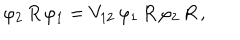
\varphi _ { 2 } \, R \, \varphi _ { 1 } = V _ { 1 2 } \, \varphi _ { 1 } \, R \, \varphi _ { 2 } \, R \, ,